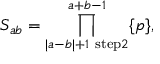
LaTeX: S _ { a b } = \prod _ { | a - b | + 1 ~ \mathrm { s t e p } 2 } ^ { a + b - 1 } \{ p \} ,